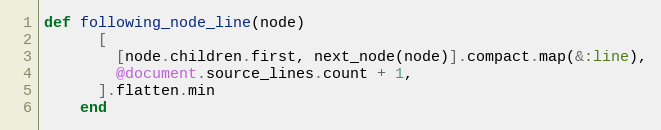
Language: Ruby
def following_node_line(node)
      [
        [node.children.first, next_node(node)].compact.map(&:line),
        @document.source_lines.count + 1,
      ].flatten.min
    end